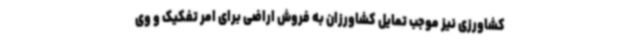
کشاورزی نیز موجب تمایل کشاورزان به فروش اراضی برای امر تفکیک و وی